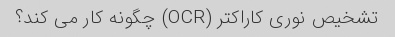
تشخیص نوری کاراکتر (OCR) چگونه کار می کند؟